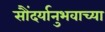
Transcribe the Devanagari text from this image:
सौंदर्यानुभवाच्या